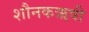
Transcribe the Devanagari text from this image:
शौनकऋषी